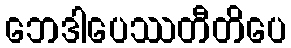
ဘေဒါပေဿတီတိပေ